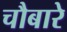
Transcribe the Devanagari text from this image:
चौबारे